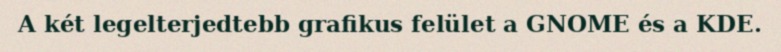
A két legelterjedtebb grafikus felület a GNOME és a KDE.